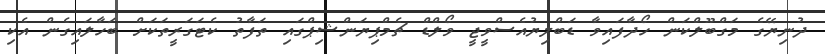
ދުނިޔޭގެ މަގްބޫލްކަން ހޯދާފައިވާ ޑަބްލިޔުއެސްވީޖީ ވޯލްޑް ޗެމްޕިޔަންޝިޕްގައި ތަފާތު ކެޓަގަރީތަކަށް ބަހާލައިގެން އެކި